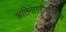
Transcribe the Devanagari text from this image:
अतिनागरीकरणामुळे